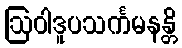
ဩဝါဒူပသင်္ကမနန္တိ